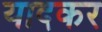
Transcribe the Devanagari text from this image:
यादकर